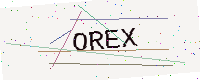
Text: OREX